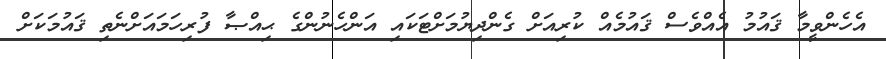
އެހެންވީމާ ޤައުމު އެއްވެސް ޤައުމެއް ކުރިއަށް ގެންދިޔުމަށްޓަކައި އަންހެނުންގެ ޙިއްޞާ ފުރިހަމައަށްނެތި ޤައުމަކަށް